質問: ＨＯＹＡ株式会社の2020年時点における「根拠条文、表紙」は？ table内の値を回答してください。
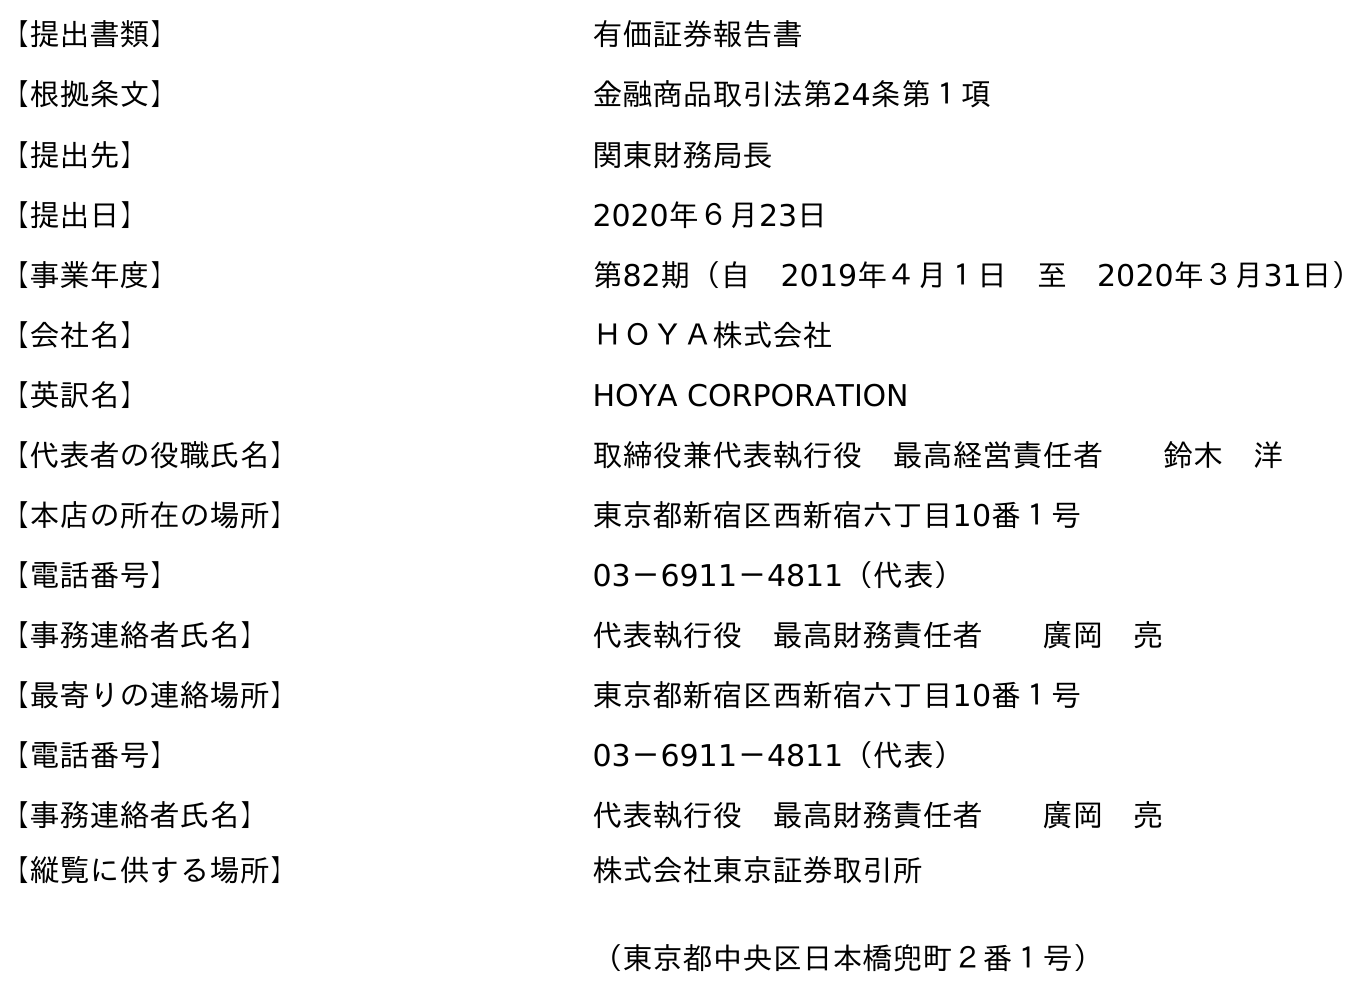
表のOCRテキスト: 【提出書類】 有価証券報告書 【根拠条文】 金融商品取引法第24条第１項 【提出先】 関東財務局長 【提出日】 2020年６月23日 【事業年度】 第82期（自 2019年４月１日 至 2020年３月31日） 【会社名】 ＨＯＹＡ株式会社 【英訳名】 HOYA CORPORATION 【代表者の役職氏名】 取締役兼代表執行役 最高経営責任者  鈴木 洋 【本店の所在の場所】 東京都新宿区西新宿六丁目10番１号 【電話番号】 03－6911－4811（代表） 【事務連絡者氏名】 代表執行役 最高財務責任者  廣岡 亮 【最寄りの連絡場所】 東京都新宿区西新宿六丁目10番１号 【電話番号】 03－6911－4811（代表） 【事務連絡者氏名】 代表執行役 最高財務責任者  廣岡 亮 【縦覧に供する場所】 株式会社東京証券取引所 （東京都中央区日本橋兜町２番１号）
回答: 金融商品取引法第24条第１項